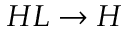
H L \rightarrow H